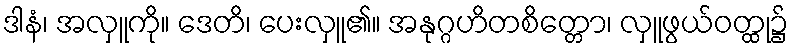
ဒါနံ၊ အလှူကို။ ဒေတိ၊ ပေးလှူ၏။ အနုဂ္ဂဟိတစိတ္တော၊ လှူဖွယ်ဝတ္ထု၌